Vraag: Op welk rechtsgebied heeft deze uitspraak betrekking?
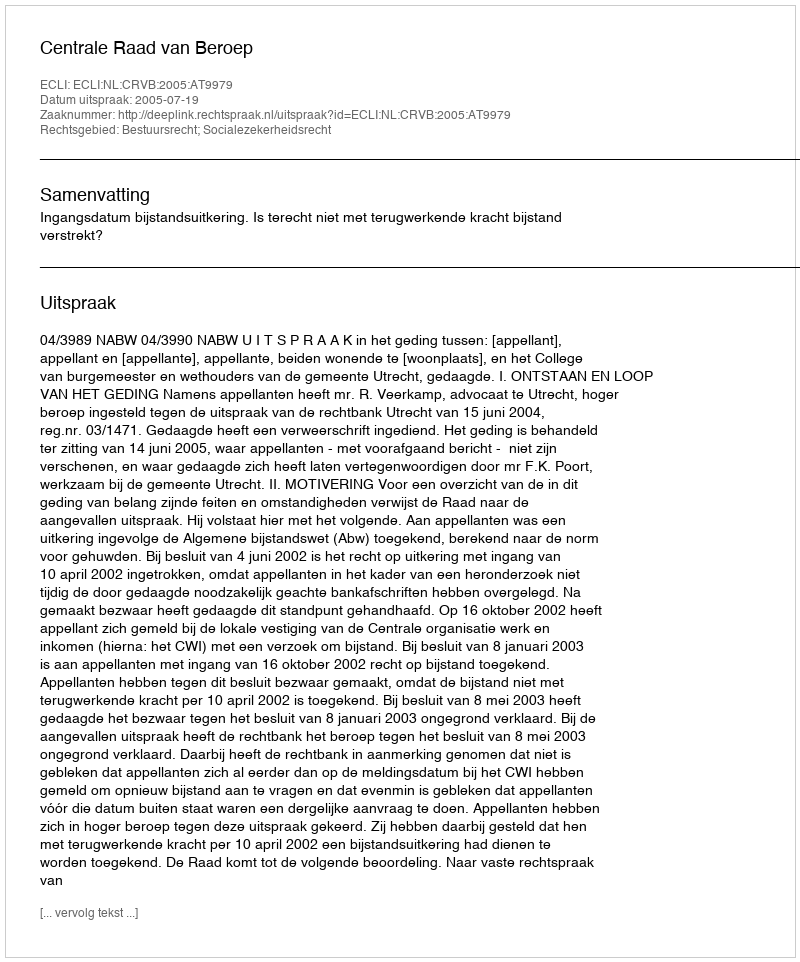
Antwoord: Bestuursrecht; Socialezekerheidsrecht